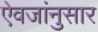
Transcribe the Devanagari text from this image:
ऐवजांनुसार